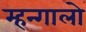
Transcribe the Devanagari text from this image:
म्हन्गालो